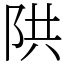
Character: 䧆